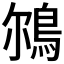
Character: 𩿥